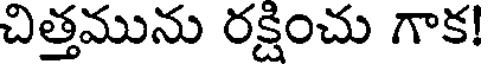
చిత్తమును రక్షించు గాక!